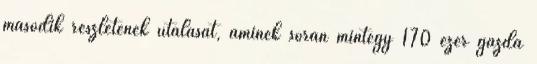
második részletének utalását, aminek során mintegy 170 ezer gazda